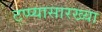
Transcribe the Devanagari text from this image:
टप्प्यासारख्या